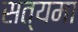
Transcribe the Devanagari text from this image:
सत्यमा